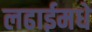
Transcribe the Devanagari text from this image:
लढाईमधे